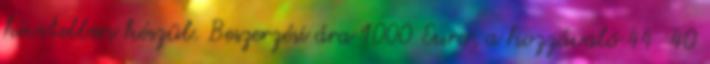
kivitelben készül. Beszerzési ára 1000 Euro, a hozzávaló 44 40